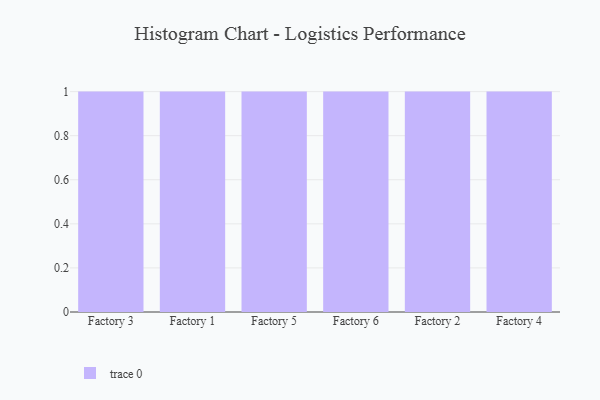
{"axis": {"x": "Factory", "y": "Tickets Resolved"}, "legend": [""], "data": [{"x": "Factory 3", "y": 78, "type": ""}, {"x": "Factory 1", "y": 69, "type": ""}, {"x": "Factory 5", "y": 12, "type": ""}, {"x": "Factory 6", "y": 69, "type": ""}, {"x": "Factory 2", "y": 32, "type": ""}, {"x": "Factory 4", "y": 16, "type": ""}]}